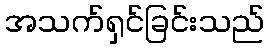
အသက်ရှင်ခြင်းသည်